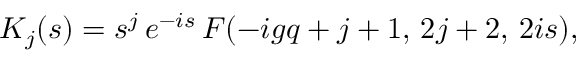
K _ { j } ( s ) = s ^ { j } \, e ^ { - i s } \, F ( - i g q + j + 1 , \, 2 j + 2 , \, 2 i s ) ,